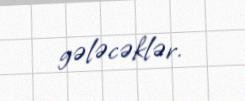
gələcəklər.